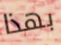
بهذا